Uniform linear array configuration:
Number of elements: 4
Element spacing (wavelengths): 1
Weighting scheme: cosine
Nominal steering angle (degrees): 30
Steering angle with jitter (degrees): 31.009
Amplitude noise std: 0.05
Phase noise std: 0.05

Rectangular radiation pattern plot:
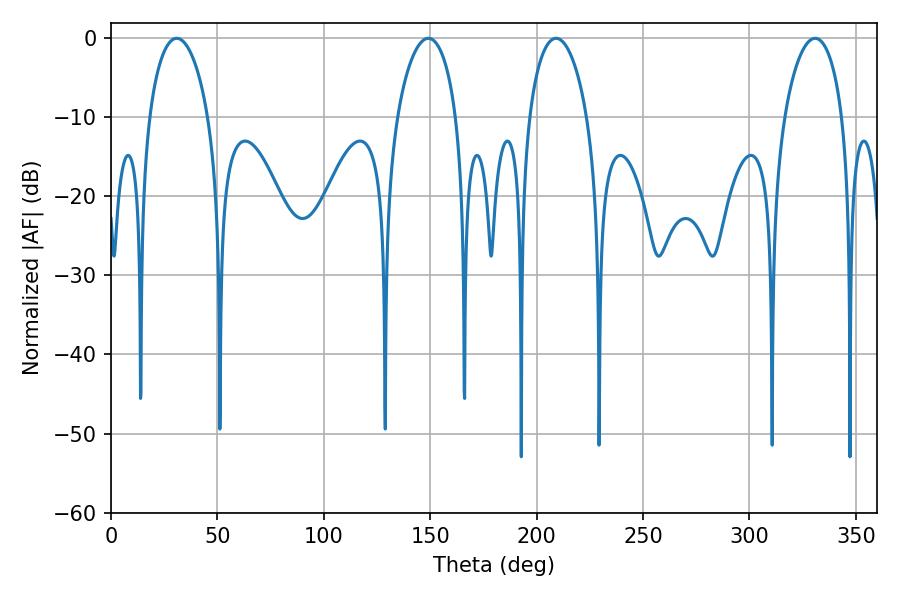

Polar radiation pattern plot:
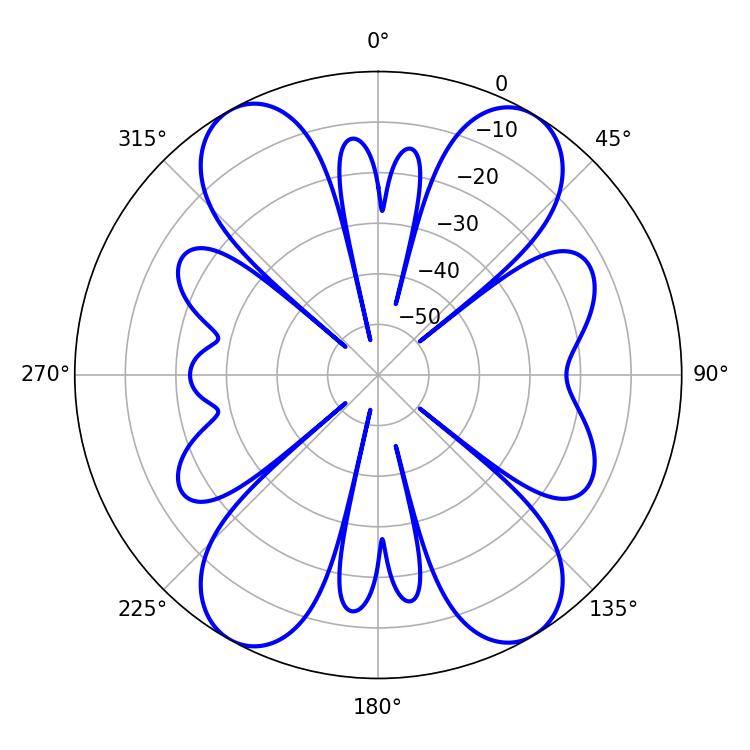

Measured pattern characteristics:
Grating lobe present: TRUE
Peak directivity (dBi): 17.767
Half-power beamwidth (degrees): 15.66
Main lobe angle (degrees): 209.16